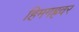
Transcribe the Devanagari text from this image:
हिमगह्रवर